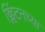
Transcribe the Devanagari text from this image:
क्लिंटनच्या